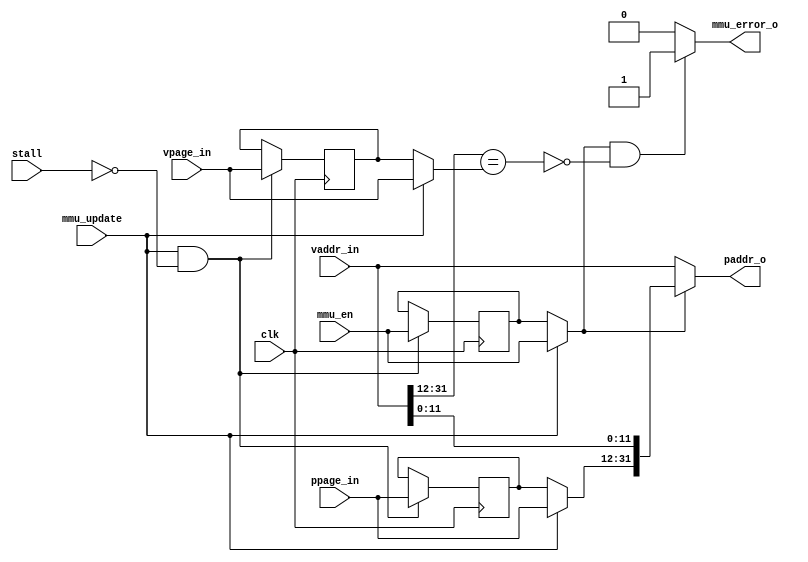
//DESCRIPTION   This is the memory control unit



module mmu (
    //control signal from CU
    mmu_en, mmu_update,
    //32-bit virtual address input
    vaddr_in,
    //virtual page number input
    vpage_in,
    //physical page number input
    ppage_in,

    //mmu error signal output
    mmu_error_o,
    //32-bit physical address output
    paddr_o,

    //clock input
    clk,
    
    //stall signal
    stall
);

//This parameter determined the size of the page
//default setting is 20, which means the page size is 4KB
parameter PAGE_NUM_WIDTH = 20;

//mmu_en is HIGH, if the processor is in User mode.
//mmu_en is LOW, if the processor is in the kernel mode.
//mmu_update is HIGH, if there's a valid eret instruction.
input mmu_en, mmu_update;

//Virtual page number and physical page number input, these numbers
//are updated when the mmu_update is HIGH.
input [PAGE_NUM_WIDTH - 1 : 0] vpage_in, ppage_in;

//32-bit Virtual addresses input 
input [31:0] vaddr_in;
//32-bit physical address output
output [31:0] paddr_o;

//If the page number in the virtual address not equal to the virtual
//page number mmu_error is HIGH
output mmu_error_o;

//clock input
input clk;


input stall;

//register virtual page number, physical page number and if the mmu is on
reg [PAGE_NUM_WIDTH-1 :0] vpage_reg, ppage_reg;
reg mmu_en_reg;
initial begin
    vpage_reg <= 0;
    ppage_reg <= 0;
    mmu_en_reg <= 0;
end

always @(posedge clk) begin
    if (mmu_update & ~stall) begin
        vpage_reg <= vpage_in;
        ppage_reg <= ppage_in;
        mmu_en_reg <= mmu_en;
    end
end

//generate the internel control signal
//if there is a mmu_update signal, use the new values as control
wire en = mmu_update ? mmu_en : mmu_en_reg;
wire [PAGE_NUM_WIDTH-1 : 0] vpage = mmu_update ? vpage_in : vpage_reg;
wire [PAGE_NUM_WIDTH-1 : 0] ppage = mmu_update ? ppage_in : ppage_reg; 

//generate the mmu error signal
assign mmu_error_o =(en & ~(vaddr_in [31: 32-PAGE_NUM_WIDTH] == vpage ))? 1:0;

//do the address translation
assign paddr_o = en ? {ppage,vaddr_in[31-PAGE_NUM_WIDTH : 0]} : vaddr_in;


endmodule